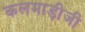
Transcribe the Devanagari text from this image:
कलमाड़ीजी